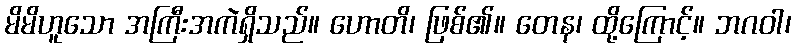
မိမိဟူသော အကြီးအကဲရှိသည်။ ဟောတိ၊ ဖြစ်၏။ တေန၊ ထို့ကြောင့်။ ဘဂဝါ၊